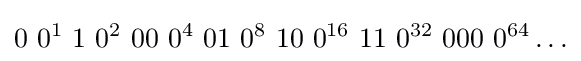
0\ 0^{1}\ 1\ 0^{2}\ 00\ 0^{4}\ 01\ 0^{8}\ 10\ 0^{16}\ 11\ 0^{32}\ 000\ 0^{64}\ldots